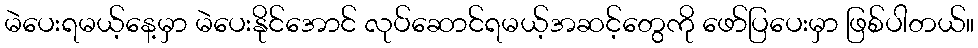
မဲပေးရမယ့်နေ့မှာ မဲပေးနိုင်အောင် လုပ်ဆောင်ရမယ့်အဆင့်တွေကို ဖော်ပြပေးမှာ ဖြစ်ပါတယ်။